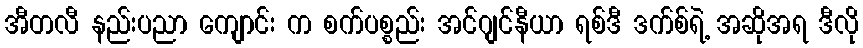
အီတလီ နည်းပညာ ကျောင်း က စက်ပစ္စည်း အင်ဂျင်နီယာ ရစ်ဒီ ဒက်စ်ရဲ့ အဆိုအရ ဒီလို